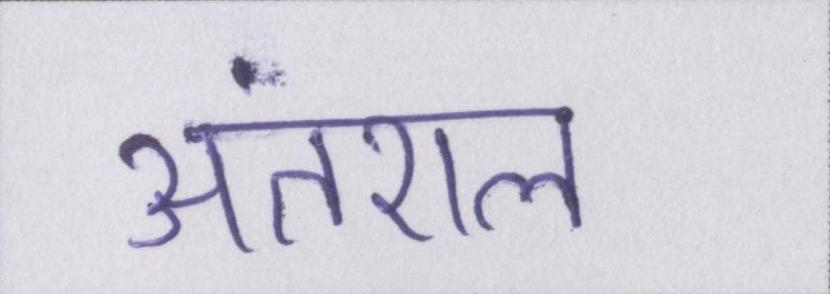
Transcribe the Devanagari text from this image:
अंतराल